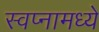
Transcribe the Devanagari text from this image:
स्वप्नामध्ये